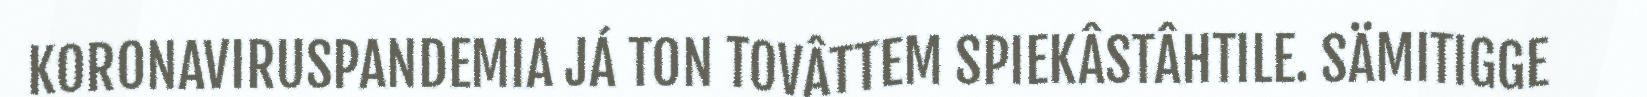
KORONAVIRUSPANDEMIA JÁ TON TOVÂTTEM SPIEKÂSTÂHTILE. SÄMITIGGE